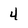
Character: 4